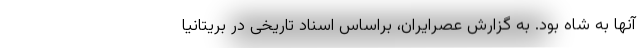
آنها به شاه بود. به گزارش عصرایران، براساس اسناد تاریخی در بریتانیا